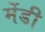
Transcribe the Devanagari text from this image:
मेंडी